Report of the Municipal Commissioner on the plague in Bombay for the year ending 31st May... - Volume 1
Disease focus: Plague
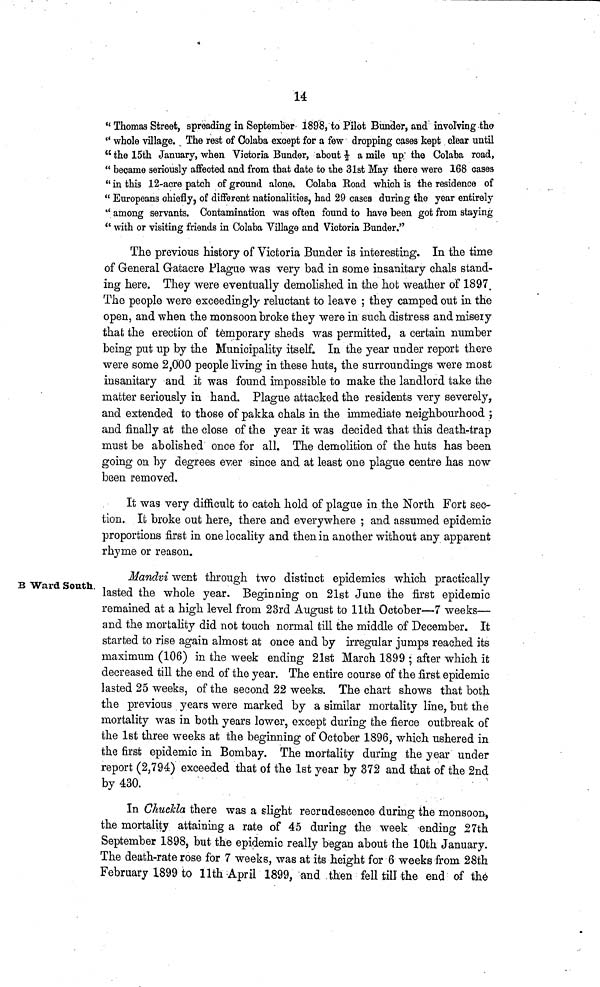
14
" Thomas Street, spreading in September 1898, to Pilot Bunder, and involving the
" whole village. The rest of Colaba except for a few dropping cases kept clear until
" the 15th January, when Victoria Bunder, about 1/2 a mile up the Colaba road,
" became seriously affected and from that date to the 31st May there were 168 cases
" in this 12-acre patch of ground alone. Colaba Eoad which is the residence of
" Europeans chiefly, of different nationalities, had 29 cases during the year entirely
" among servants. Contamination was often found to have been got from staying
" with or visiting friends in Colaba Village and Victoria Bunder."
The previous history of Victoria Bunder is interesting. In the time
of General Gatacre Plague was very bad in some insanitary chals stand-
ing here. They were eventually demolished in the hot weather of 1897.
The people were exceedingly reluctant to leave ; they camped out in the
open, and when the monsoon broke they were in such distress and misery
that the erection of temporary sheds was permitted, a certain number
being put up by the Municipality itself. In the year under report there
were some 2,000 people living in these huts, the surroundings were most
insanitary and it was found impossible to make the landlord take the
matter seriously in hand. Plague attacked the residents very severely,
and extended to those of pakka chals in the immediate neighbourhood ;
and finally at the close of the year it was decided that this death-trap
must be abolished once for all. The demolition of the huts has been
going on by degrees ever since and at least one plague centre has now
been removed.
It was very difficult to catch hold of plague in the North Fort sec-
tion. It broke out here, there and everywhere ; and assumed epidemic
proportions first in one locality and then in another without any apparent
rhyme or reason.
B Ward South.
Mandvi went through two distinct epidemics which practically
lasted the whole year. Beginning on 21st June the first epidemic
remained at a high level from 23rd August to llth October—7 weeks—
and the mortality did not touch normal till the middle of December. It
started to rise again almost at once and by irregular jumps reached its
maximum (106) in the week ending 21st March 1899 ; after which it
decreased till the end of the year. The entire course of the first epidemic
lasted 25 weeks, of the second 22 weeks. The chart shows that both
the previous years were marked by a similar mortality line, but the
mortality was in both years lower, except during the fierce outbreak of
the 1st three weeks at the beginning of October 1896, which ushered in
the first epidemic in Bombay. The mortality during the year under
report (2,794) exceeded that of the 1st year by 372 and that of the 2nd
by 430.
In Chuckla there was a slight recrudescence during the monsoon,
the mortality attaining a rate of 45 during the week ending 27th
September 1898, but the epidemic really began about the 10th January.
The death-rate rose for 7 weeks, was at its height for 6 weeks from 28th
February 1899 to llth April 1899, and. then fell till the end of the